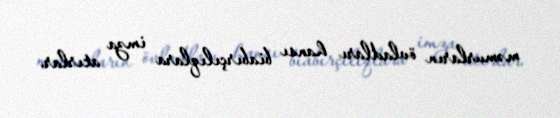
məmurların övladları hansı biabırçılıqlara imza atırlar.